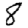
Digit: 8